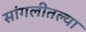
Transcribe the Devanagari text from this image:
सांगलीतल्या